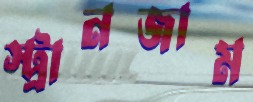
স্ট্রানজাম